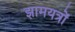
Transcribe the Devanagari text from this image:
झामयत्रों